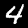
Label: 4